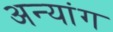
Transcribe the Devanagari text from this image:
अन्यांग